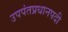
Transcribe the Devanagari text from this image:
उपपंतप्रधानपदी